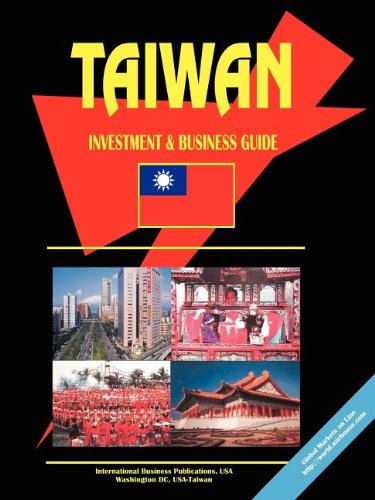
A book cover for Taiwan Investment And Business Guide; Ibp Usa; Travel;